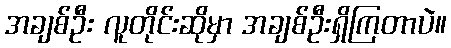
အချစ်ဦး လူတိုင်းဆိုမှာ အချစ်ဦးရှိကြတာပဲ။